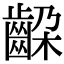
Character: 𬹵